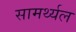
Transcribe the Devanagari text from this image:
सामर्थ्यल